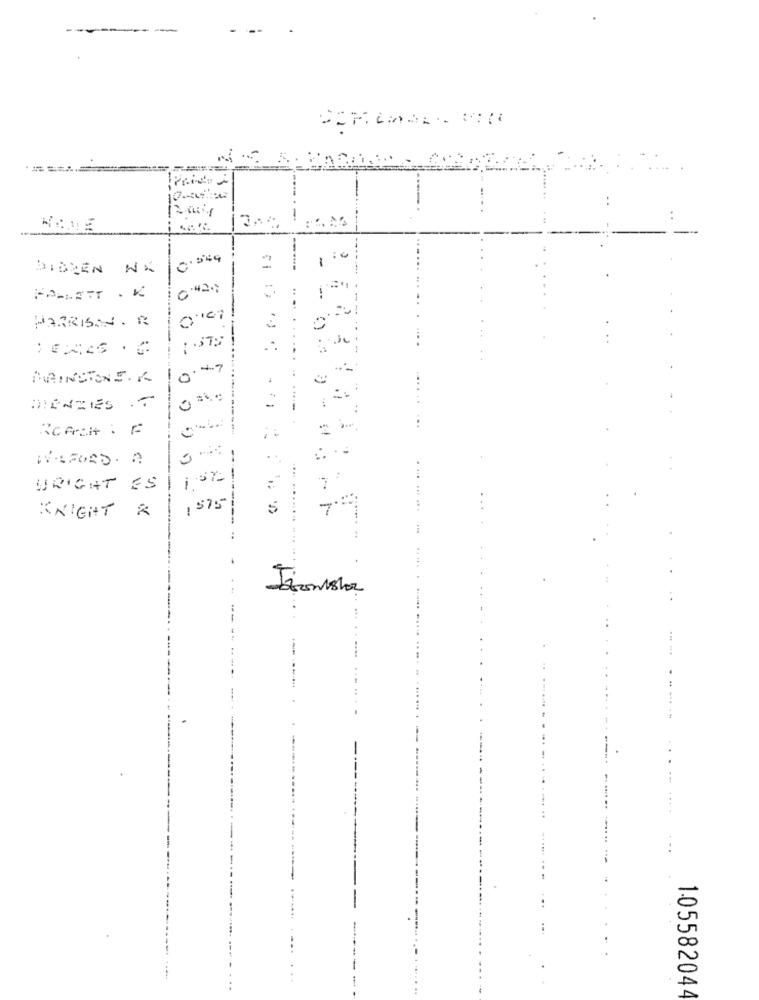
10-200
0.549
1:0
DIBREN NA
=
-----
FRALETT . K
---
100
-
PARRISIN . R
---
") .:
..........
0.47
MAINSTONE.K
.
..
PHONEIS .7
-
....-
:
ROACH : F
WAFORD. A
-.
...
10%1
URIGHT ES
1 575
5
KNIGHT &
...
--
105582044